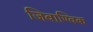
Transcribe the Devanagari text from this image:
जिवाण्विक